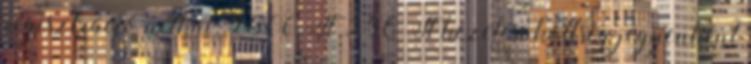
regisztráció nélkül: 2500 Ft 250 Ft kezelési költség jegyenként